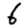
Digit: 6